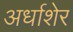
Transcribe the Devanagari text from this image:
अर्धाशेर